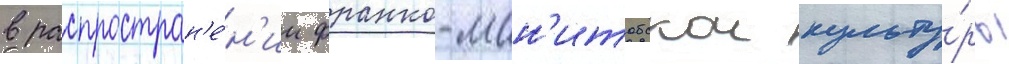
в распростран'е́н'ии франко-ман'итобскои культу́ры